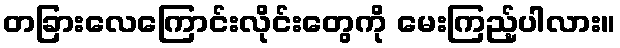
တခြားလေကြောင်းလိုင်းတွေကို မေးကြည့်ပါလား။